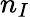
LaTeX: n_{I}